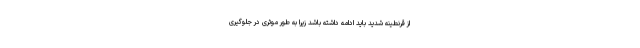
از قرنطینه شدید باید ادامه داشته باشد زیرا به طور موثری در جلوگیری